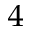
\sb { 4 }